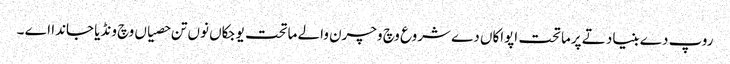
روپ دے بنیاد تے پرماتحت اپواکاں دے شروع وچ وچرن والے ماتحت یوجکاں نوں تن حصیاں وچ ونڈیا جاندا اے ۔